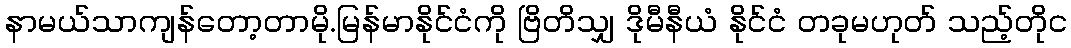
နာမယ်သာကျန်တော့တာမို.မြန်မာနိုင်ငံကို ဗြိတိသျှ ဒိုမီနီယံ နိုင်ငံ တခုမဟုတ် သည့်တိုင